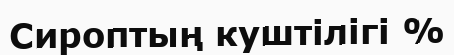
Сироптың куштілігі %